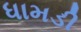
ધામડી